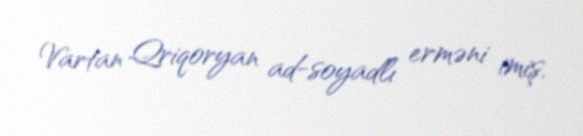
Vartan Qriqoryan ad-soyadlı erməni imiş.